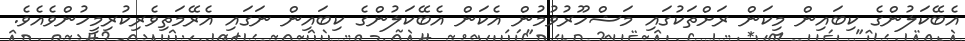
އެބޭކަލުންގެ ކިބައިން މިކަން ރަށްތަކުގައި މަޝްހޫރުވުމުން އެކަން އެބޭކަލުންގެ ކިބައިން ނަގައި އެރޭމަތިވެރިކުރިމީހުންވެއެވެ.